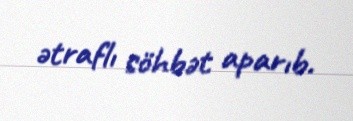
ətraflı söhbət aparıb.